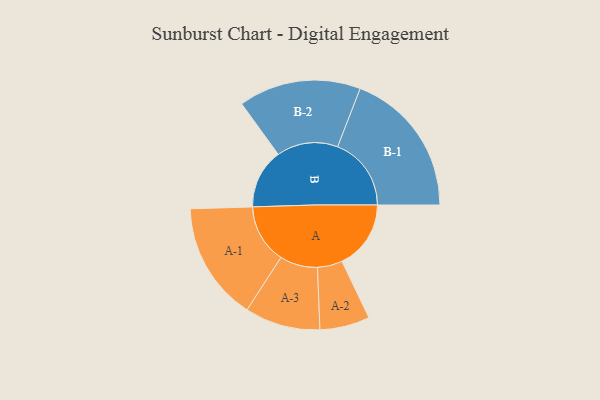
{"axis": {"x": "Segment", "y": "Value"}, "legend": ["", "A", "B"], "data": [{"x": "A", "y": 276, "type": ""}, {"x": "B", "y": 239, "type": ""}, {"x": "A-1", "y": 237, "type": "A"}, {"x": "A-2", "y": 100, "type": "A"}, {"x": "A-3", "y": 151, "type": "A"}, {"x": "B-1", "y": 295, "type": "B"}, {"x": "B-2", "y": 245, "type": "B"}]}